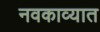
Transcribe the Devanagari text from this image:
नवकाव्यात